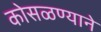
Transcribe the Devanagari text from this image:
कोसळण्याने